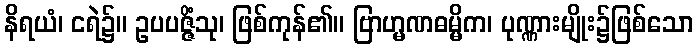
နိရယံ၊ ငရဲ၌။ ဥပပဇ္ဇိံသု၊ ဖြစ်ကုန်၏။ ဗြာဟ္မဏဓမ္မိက၊ ပုဏ္ဏားမျိုး၌ဖြစ်သော